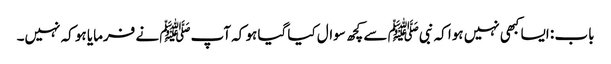
باب : ایسا کبھی نہیں ہوا کہ نبیﷺ سے کچھ سوال کیا گیا ہو کہ آپﷺ نے فرمایا ہو کہ نہیں۔